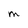
Character: M